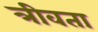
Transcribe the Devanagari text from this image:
त्रीवता